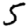
Digit: 5